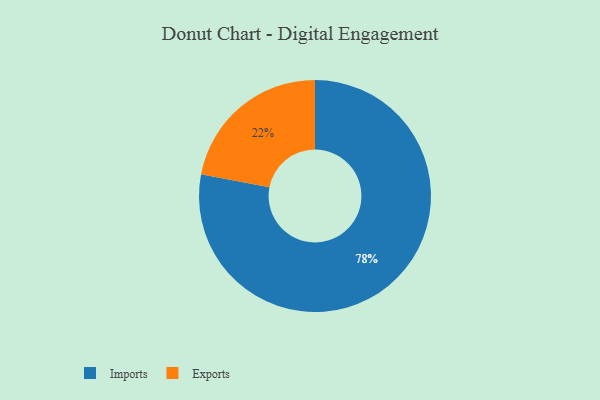
{"axis": {"x": "Category", "y": "Percentage"}, "legend": ["Exports", "Imports"], "data": [{"x": "Imports", "y": 78, "type": "Imports"}, {"x": "Exports", "y": 22, "type": "Exports"}]}